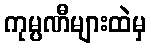
ကုမ္ပဏီများထဲမှ